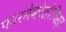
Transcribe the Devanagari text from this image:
फारमेकोलोजिस्ट